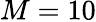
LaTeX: M=10